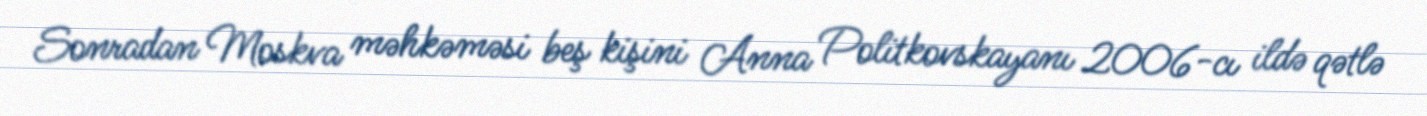
Sonradan Moskva məhkəməsi beş kişini Anna Politkovskayanı 2006-cı ildə qətlə